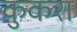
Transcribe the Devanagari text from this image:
कुकरा